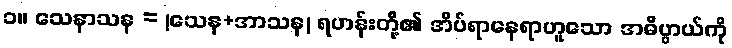
၁။ သေနာသန = (သေန+အာသန) ရဟန်းတို့၏ အိပ်ရာနေရာဟူသော အဓိပ္ပာယ်ကို